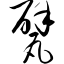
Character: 甓